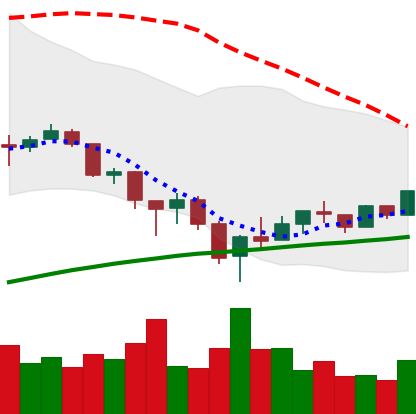
Ticker: BTC-USD
Chart end date: 2018-02-14
Forward return: 18.228%
Label: up_7plus